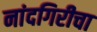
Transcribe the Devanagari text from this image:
नांदगिरीचा